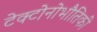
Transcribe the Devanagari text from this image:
टेक्टोनोभौतिकी